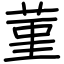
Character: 菫